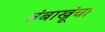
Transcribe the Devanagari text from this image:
तंबाखूंचा